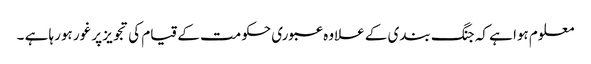
معلوم ہوا ہے کہ جنگ بندی کے علاوہ عبوری حکومت کے قیام کی تجویز پر غور ہورہا ہے ۔